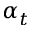
\alpha _ { t }